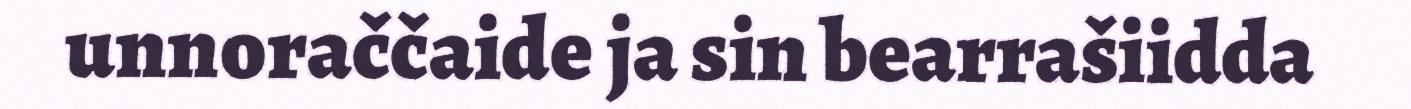
unnoraččaide ja sin bearrašiidda